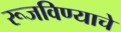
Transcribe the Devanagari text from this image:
रूजविण्याचे